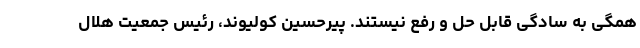
همگی به سادگی قابل حل و رفع نیستند. پیرحسین کولیوند، رئیس جمعیت هلال